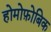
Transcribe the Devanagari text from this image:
होमोफ़ोबिक